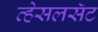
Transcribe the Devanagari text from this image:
व्हेसलसॅट